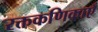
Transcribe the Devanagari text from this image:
रक्तकणिकाएँ